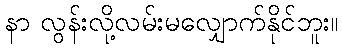
နာ လွန်းလို့လမ်းမလျှောက်နိုင်ဘူး။